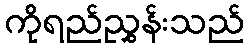
ကိုရည်ညွှန်းသည်